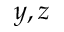
y , z